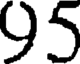
95